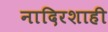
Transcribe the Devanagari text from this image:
नादिरशाही